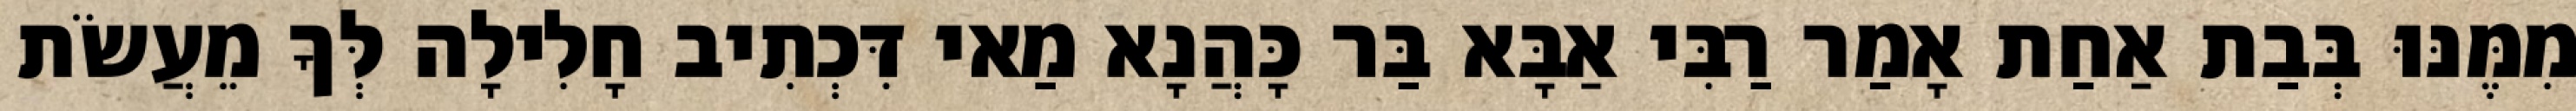
מִמֶּנּוּ בְּבַת אַחַת אָמַר רַבִּי אַבָּא בַּר כָּהֲנָא מַאי דִּכְתִיב חָלִילָה לְּךָ מֵעֲשֹׂת